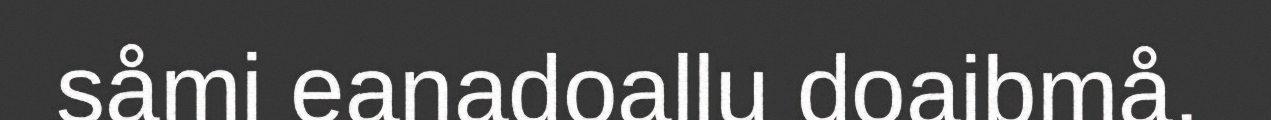
såmi eanadoallu doaibmå.